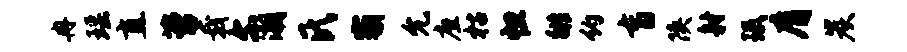
冉瑶直萝戟尔潮氏霸允座枯怛徘约盲陕射珉膺炭